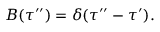
B ( \tau ^ { \prime \prime } ) = \delta ( \tau ^ { \prime \prime } - \tau ^ { \prime } ) .